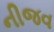
નીજવ